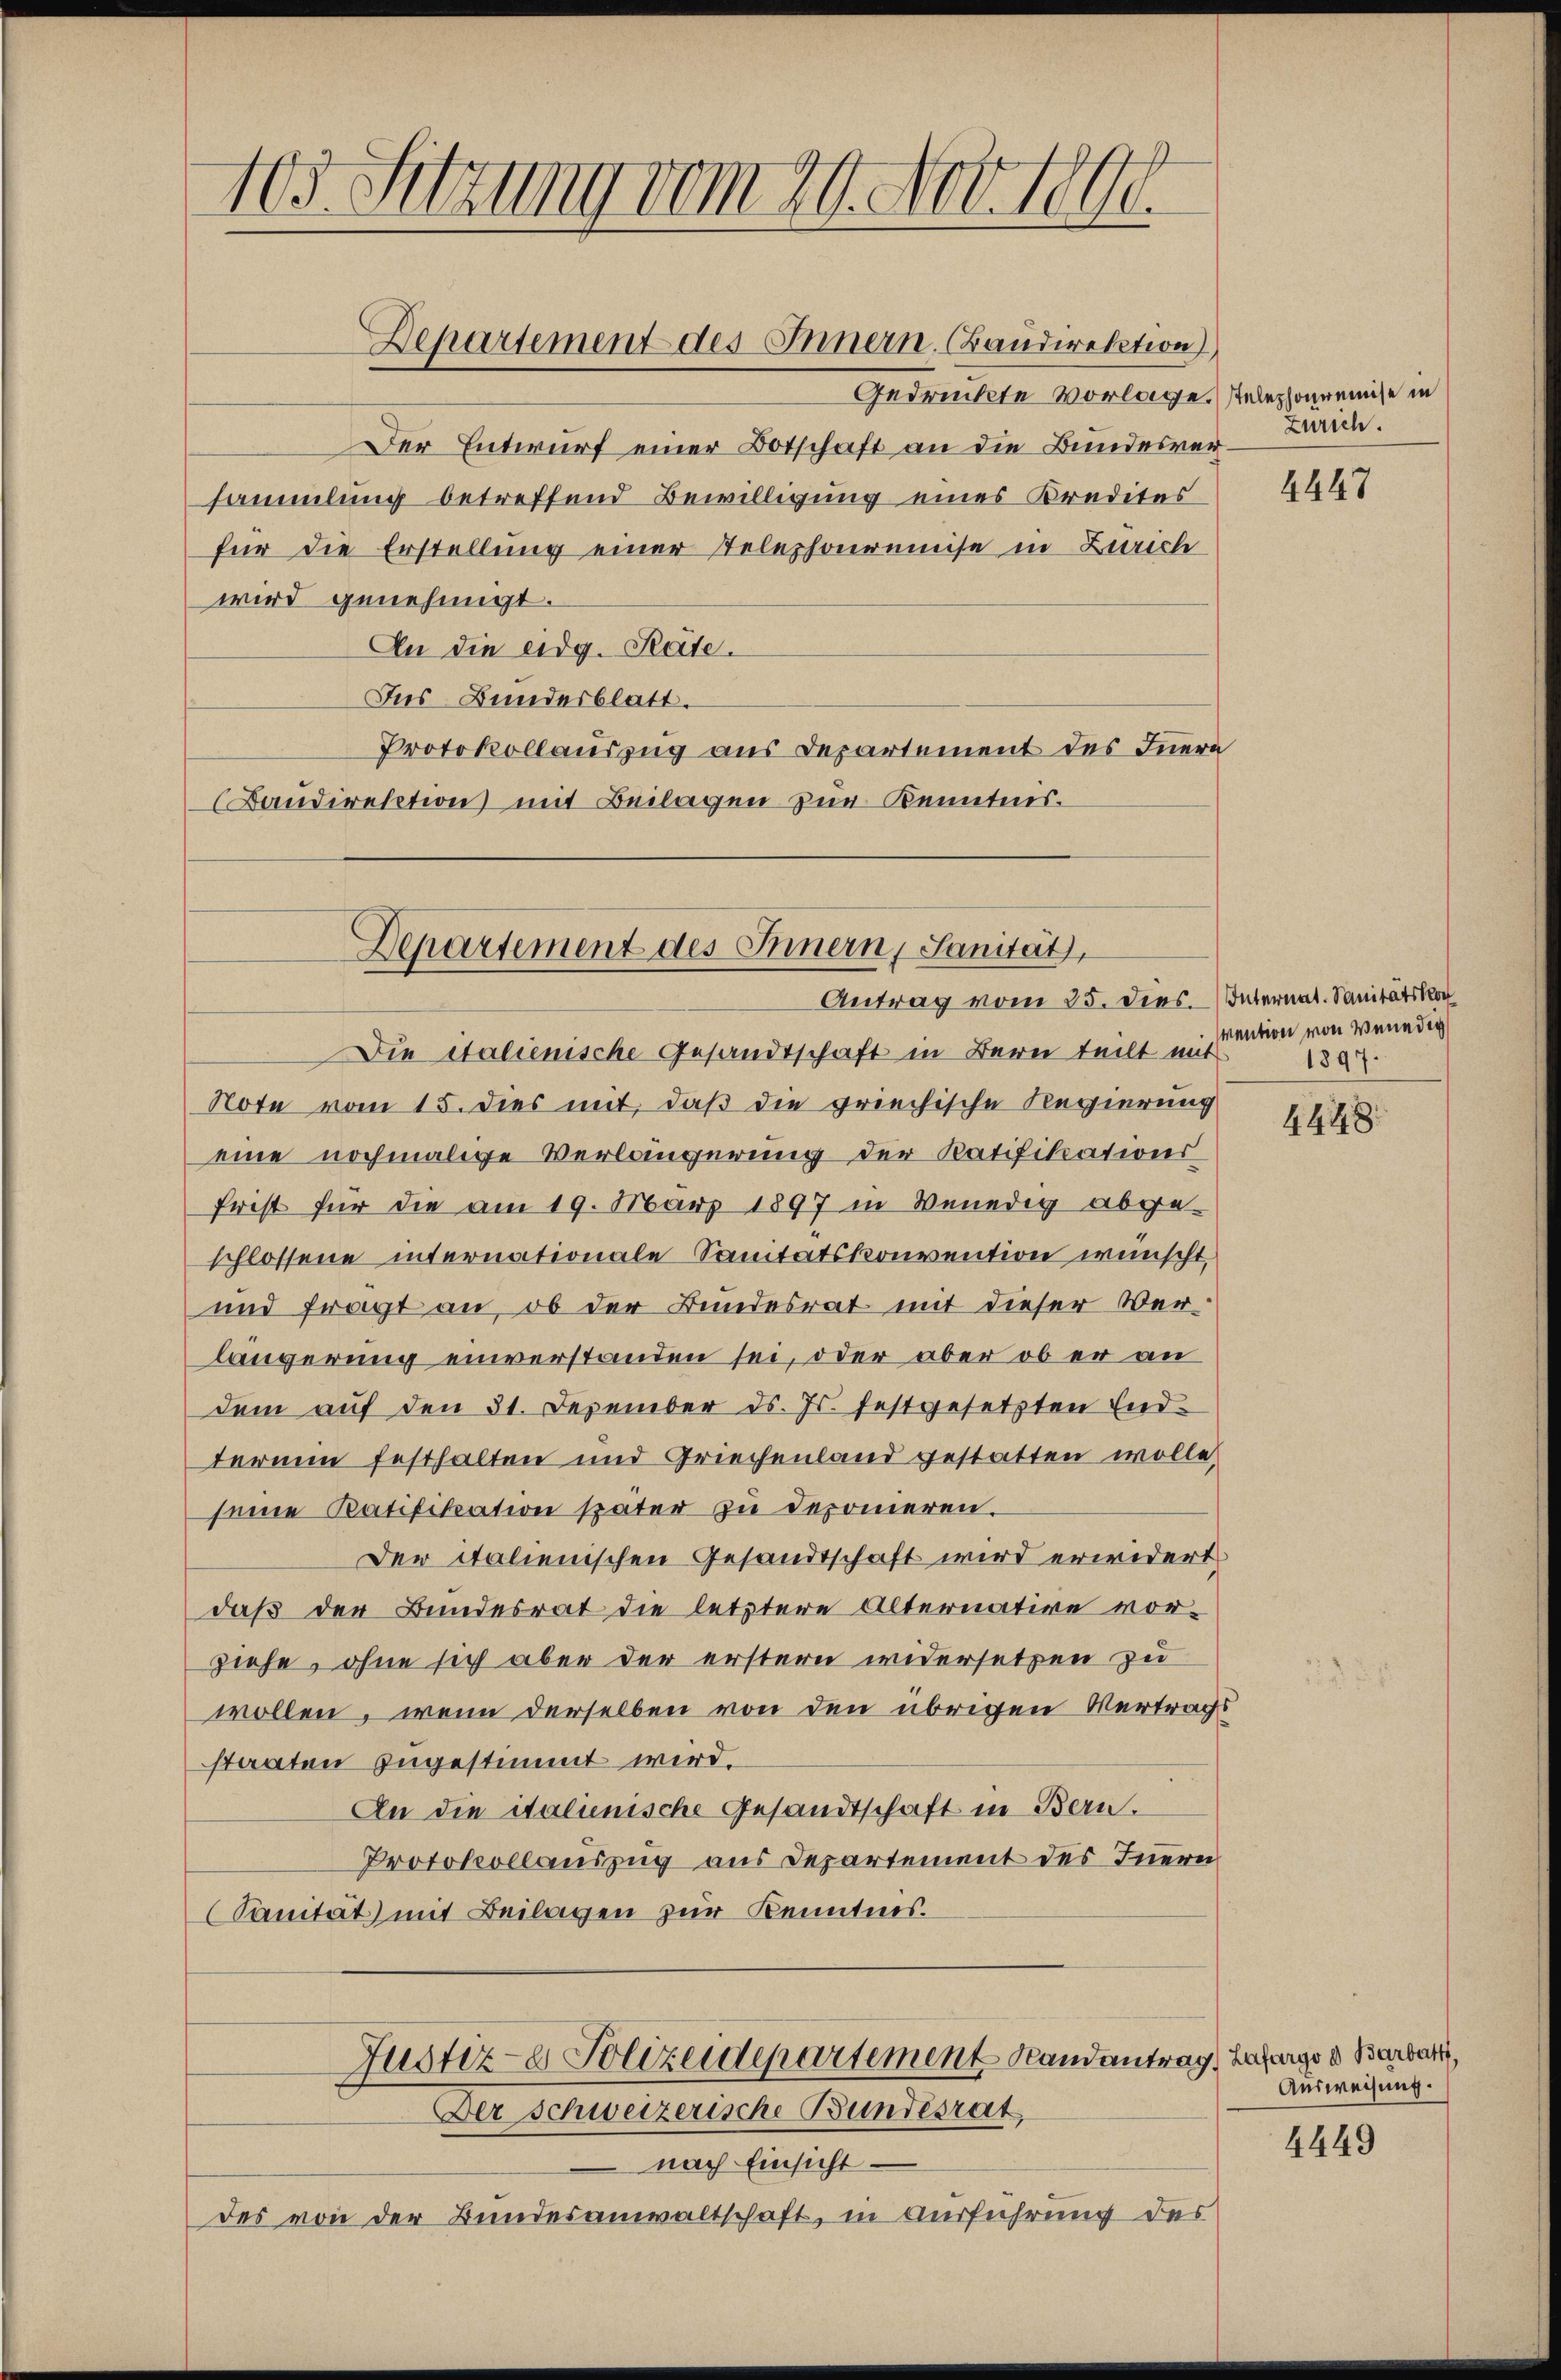
103. Sitzung vom 20. Nov. 1890

Departement des Innern. Baudirektion)

Departement des Innern, Sanität,
Antrag vom 25. dies. Internat. Sanitätsko

Die italienische Gesandtschaft in Bern teilt mit
Note vom 15. dies mit, daß die griechische Regierung
eine nochmalige Verlängerung der Ratifikations
frist für die am 19. März 1897 in Venedig abge-
schlossene internationale Sanitätskonvention wünscht,
und fragt an, ob der Bundesrat mit dieser Werlängerung einverstanden sei, oder aber ob er an
dem aŭf den 31. Dezember d. Js. festgesetzten End-
terium festhalten und Griechenland gestatten wolle,
seine Ratifikation später zu deponieren.
Der italienischen Gesandtschaft wird erwidert
daß der Bundesrat die letztere Alternative vorziehe, ohne sich aber der erstern widersetzen zu
wollen, wenn derselben von den übrigen Vertrags
staaten zugestimmt wird.
An die italienische Gesandtschaft in Bern.
Protokollauszug aus Departement des Innern
Sanität) mit Beilagen zur Kenntnis.
Justiz- & Polizeidepartement Randantrag, Bafarge u Barbar,

Gedrückte Vorlage. Telephonreise in
Der Entwurf einer Botschaft an die Bundesversammlung betreffend Bewilligung eines Kredites
für die Erstellung einer Telephonremise in Zürich
wird genehmigt.
An die eidg. Rate.
Ins Bundesblatt.
Protokollauszug aus Departement des Innere
Bandirektion mit Beilagen zur Kenntnis.

Der schweizerische Bundesrat

nach Einsicht
des von der Bundesanwaltschaft, in Ausführung des

Zürich.

vention von Venedig
1897.

4447

4448.

Ausweisung.

4449